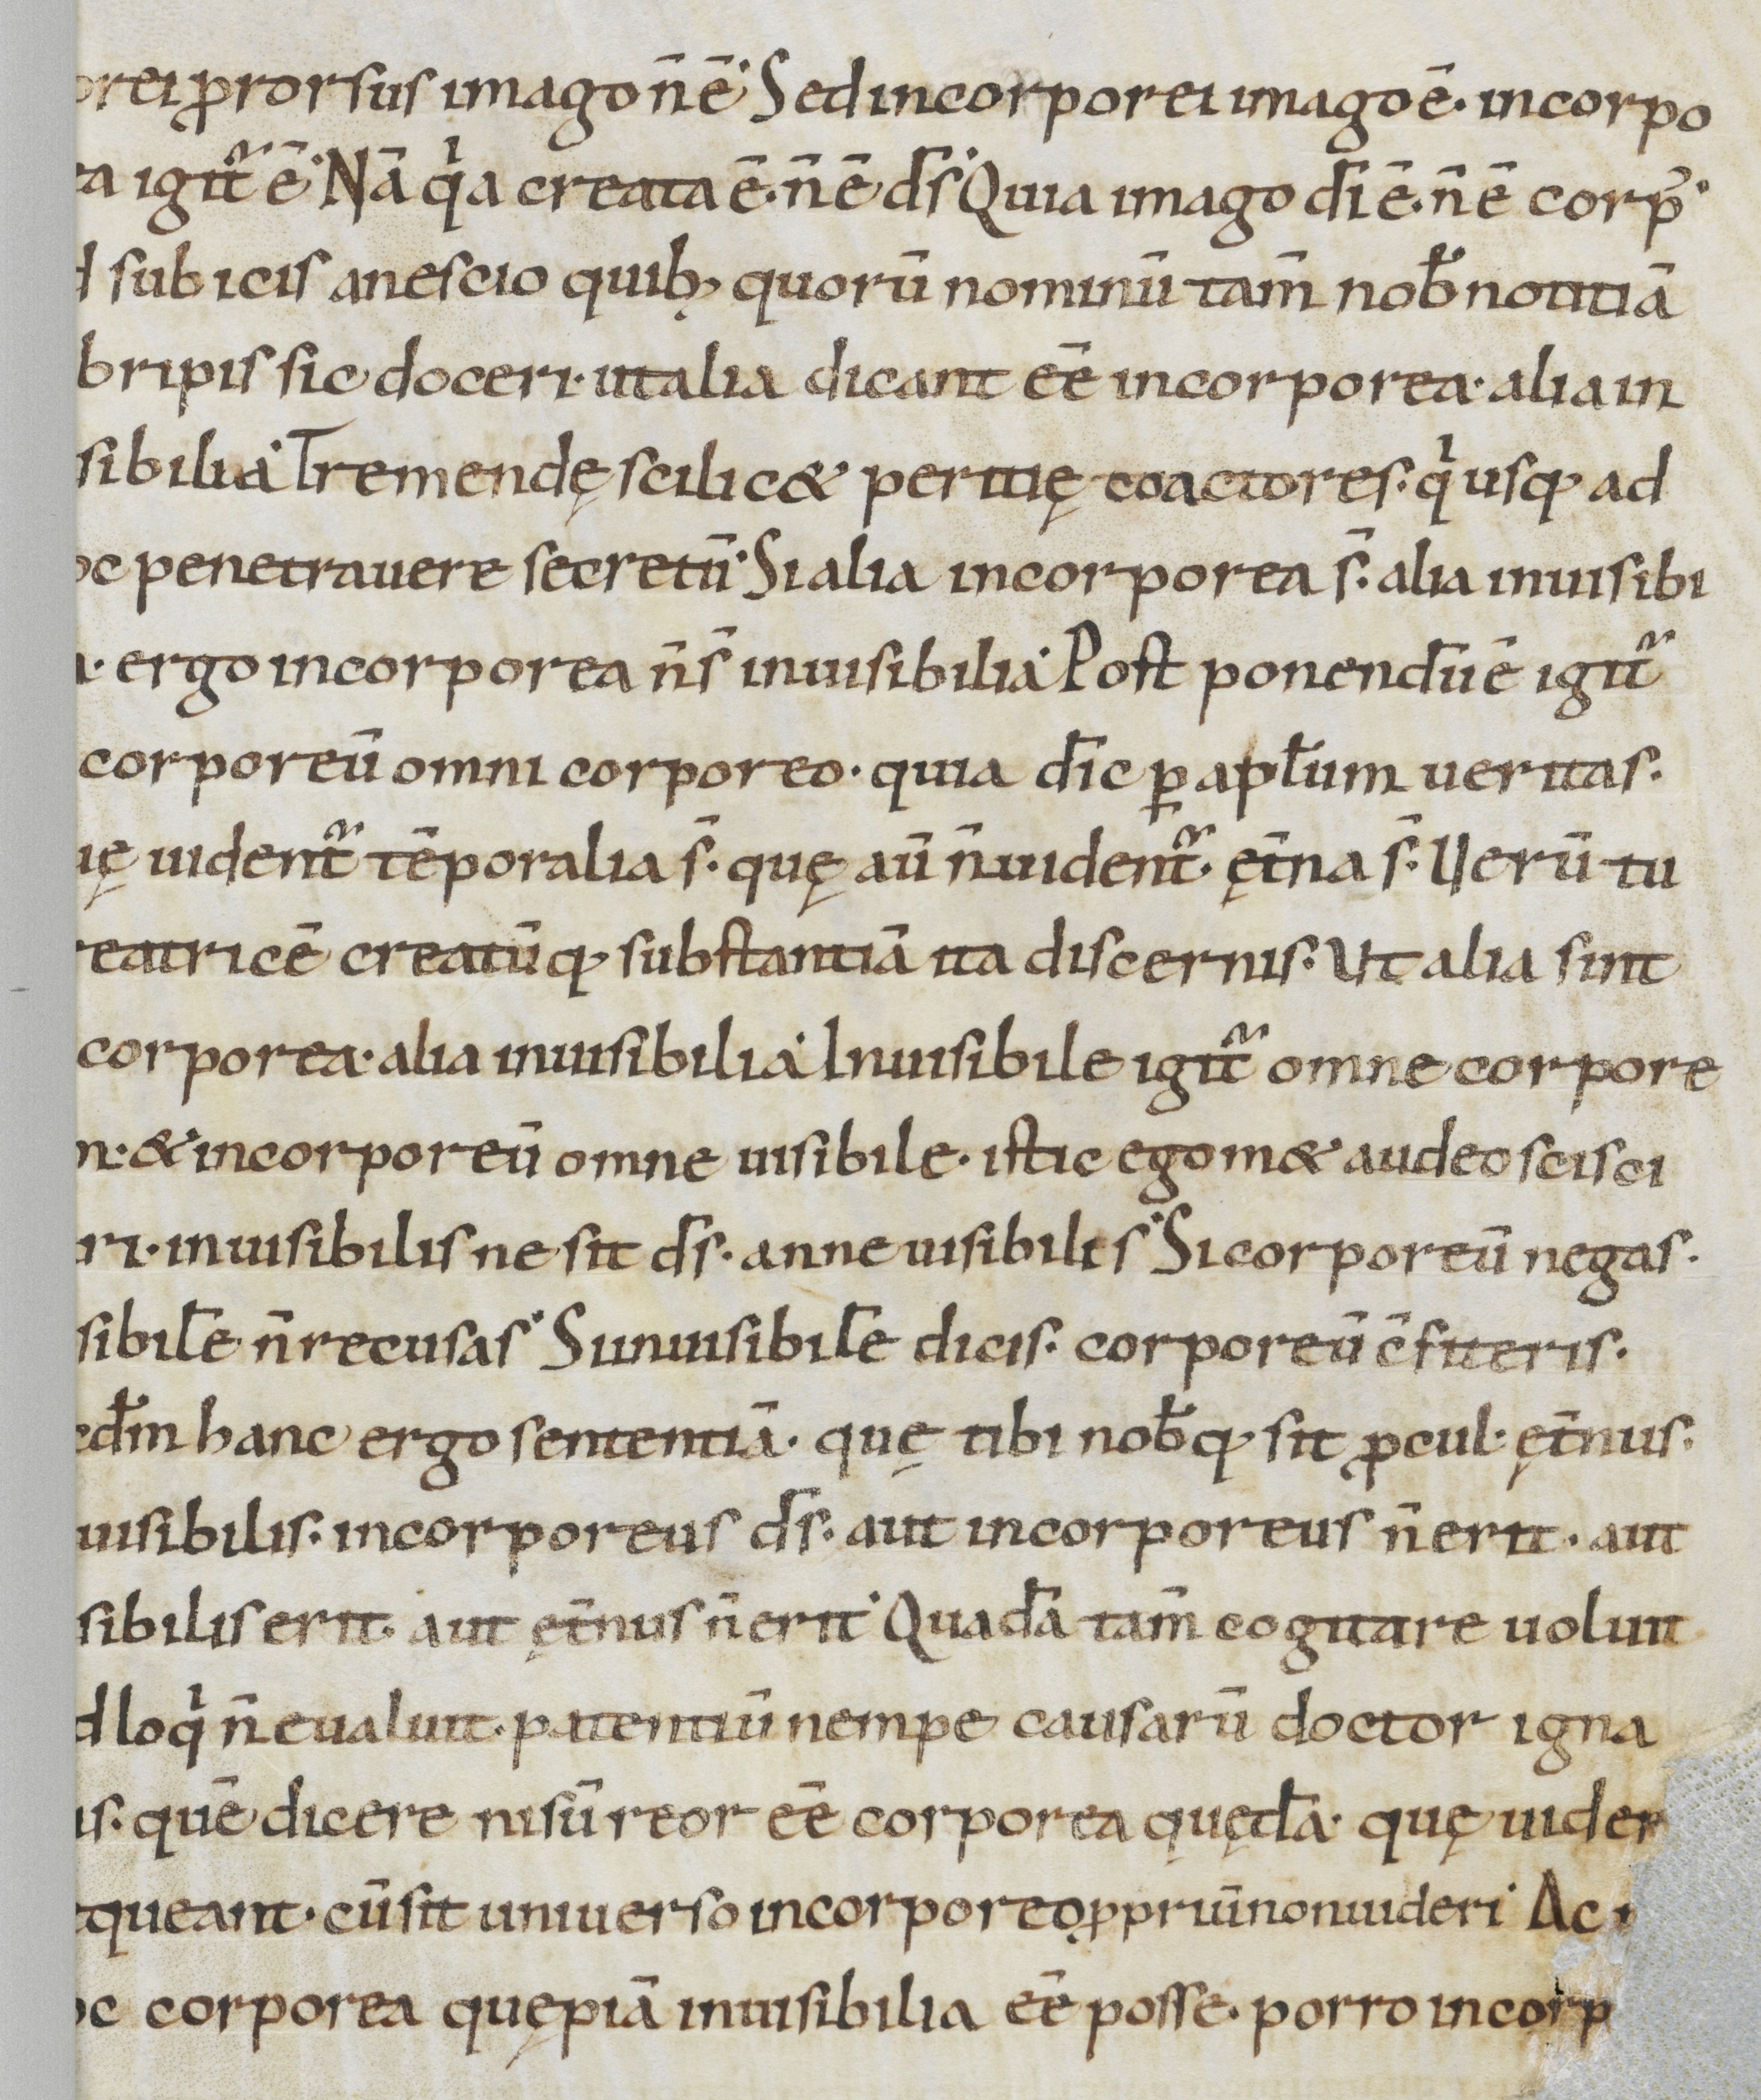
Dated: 900–999